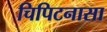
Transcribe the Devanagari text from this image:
चिपिटनासा